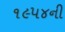
૧૯૫૪ની